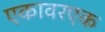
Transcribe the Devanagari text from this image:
एकावरएक